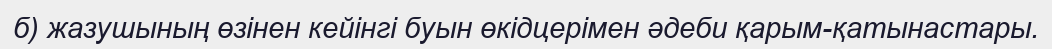
б) жазушының өзінен кейінгі буын өкідцерімен әдеби қарым-қатынастары.